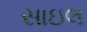
સાઇલ